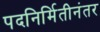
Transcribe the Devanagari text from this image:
पदनिर्मितीनंतर